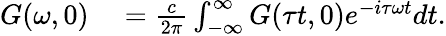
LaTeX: \begin{array}{rl}{G(\omega,0)}&{{}=\frac{c}{2\pi}\int_{-\infty}^{\infty}G(\tau t,0)e^{-i\tau\omega t}dt.}\end{array}